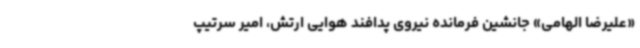
«علیرضا الهامی» جانشین فرمانده نیروی پدافند هوایی ارتش، امیر سرتیپ